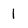
Character: 1